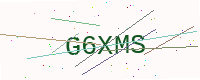
Text: G6XMS